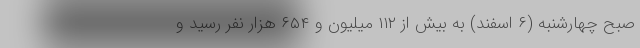
صبح چهارشنبه (۶ اسفند) به بیش از ۱۱۲ میلیون و ۶۵۴ هزار نفر رسید و